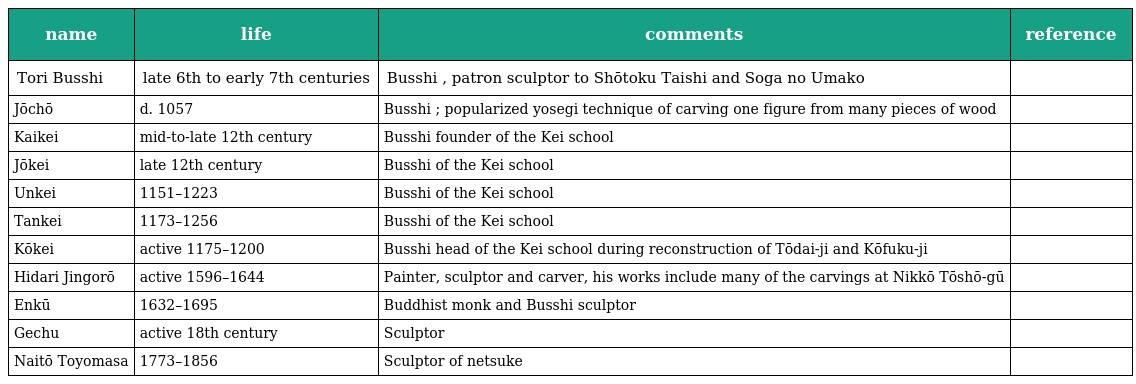
| name | life | comments | reference |
 | --- | --- | --- | --- |
 | Tori Busshi | late 6th to early 7th centuries | Busshi , patron sculptor to Shōtoku Taishi and Soga no Umako |  |
 | Jōchō | d. 1057 | Busshi ; popularized yosegi technique of carving one figure from many pieces of wood |  |
 | Kaikei | mid-to-late 12th century | Busshi founder of the Kei school |  |
 | Jōkei | late 12th century | Busshi of the Kei school |  |
 | Unkei | 1151–1223 | Busshi of the Kei school |  |
 | Tankei | 1173–1256 | Busshi of the Kei school |  |
 | Kōkei | active 1175–1200 | Busshi head of the Kei school during reconstruction of Tōdai-ji and Kōfuku-ji |  |
 | Hidari Jingorō | active 1596–1644 | Painter, sculptor and carver, his works include many of the carvings at Nikkō Tōshō-gū |  |
 | Enkū | 1632–1695 | Buddhist monk and Busshi sculptor |  |
 | Gechu | active 18th century | Sculptor |  |
 | Naitō Toyomasa | 1773–1856 | Sculptor of netsuke |  |